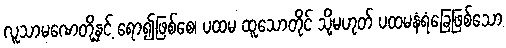
လူသာမဏေတို့နှင့် ရော၍ဖြစ်စေ၊ ပထမ ထူသောတိုင် သို့မဟုတ် ပထမနံရံခြေဖြစ်သော